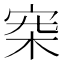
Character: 𣑄